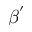
\beta ^ { ' }